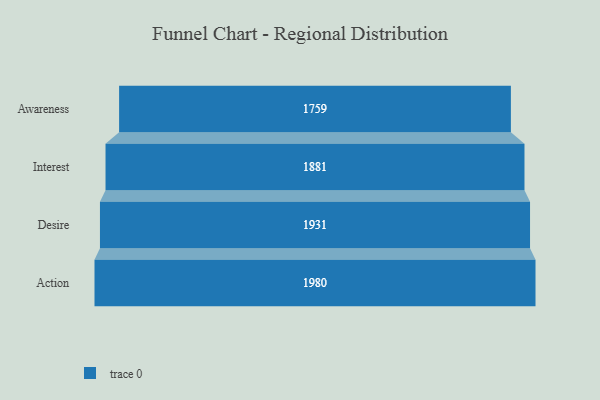
{"axis": {"x": "Stage", "y": "Value"}, "legend": [""], "data": [{"x": "Awareness", "y": 1759.0, "type": ""}, {"x": "Interest", "y": 1881.0, "type": ""}, {"x": "Desire", "y": 1931.0, "type": ""}, {"x": "Action", "y": 1980.0, "type": ""}]}